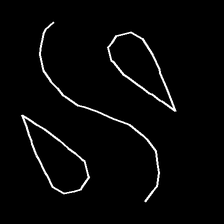
Glyph: water